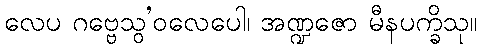
လေပ ဂဗ္ဗေသွ’ဝလေပေါ၊ အဏ္ဍဇော မီနပက္ခိသု။